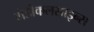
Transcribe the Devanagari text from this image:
मेडीकलसाइन्स